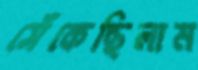
সেঁকেছিলাম